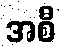
အစီ